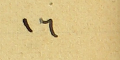
١٦